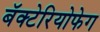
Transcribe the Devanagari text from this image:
बॅक्टेरियोफेग